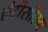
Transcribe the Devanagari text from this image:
एंटीसीरम